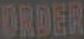
ORDER